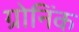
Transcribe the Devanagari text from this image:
ग्रोनिंक